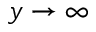
y \to \infty